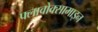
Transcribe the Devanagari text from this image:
फ्लावोक्सामाइन